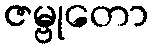
ဇမ္ဗုတော